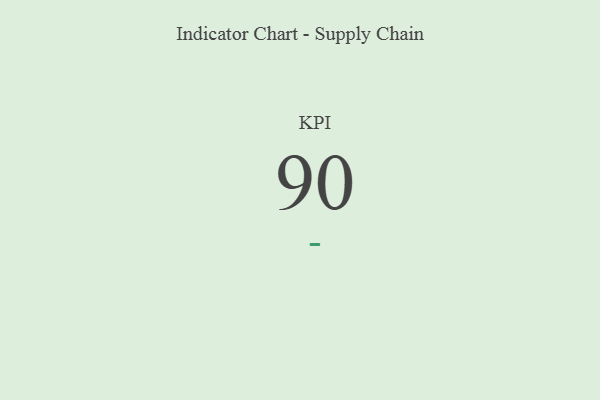
{"axis": {"x": "KPI", "y": "Value"}, "legend": [""], "data": [{"x": "KPI", "y": 90, "type": ""}]}